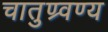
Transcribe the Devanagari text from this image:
चातुण्र्वण्य